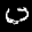
Label: 0